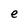
Character: e